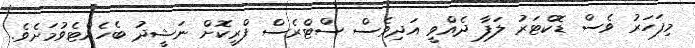
މިފަހަރު ވެސް ޑޮކްޓަރު ލަފާ ދެއްވީ އަދިވެސް ސްޓްރެސް ފްރީކޮށް ނަޝީދު ބެހެއްޓެވުމަށެވެ.